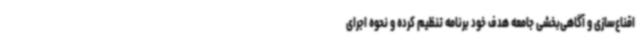
اقناع‌سازی و آگاهی‌بخشی جامعه هدف خود برنامه تنظیم کرده و نحوه اجرای